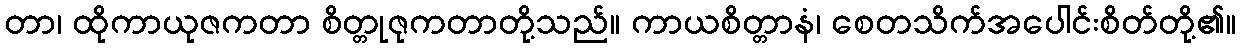
တာ၊ ထိုကာယုဇကတာ စိတ္တုဇုကတာတို့သည်။ ကာယစိတ္တာနံ၊ စေတသိက်အပေါင်းစိတ်တို့၏။